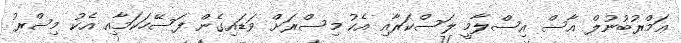
ޢަމްރުބުނުލް އާސް އިސްލާމީ ލަސްކަރާއި އެކު މިސްރަށް ވަޑައިގެން ފަސޭހަކަމާއި އެކު މިސްރު